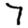
Digit: 7